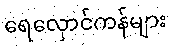
ရေလှောင်ကန်များ